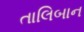
તાલિબાન